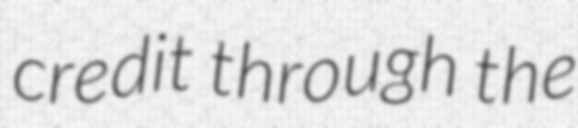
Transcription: credit through the